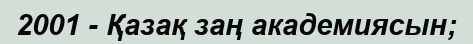
2001 - Қазақ заң академиясын;